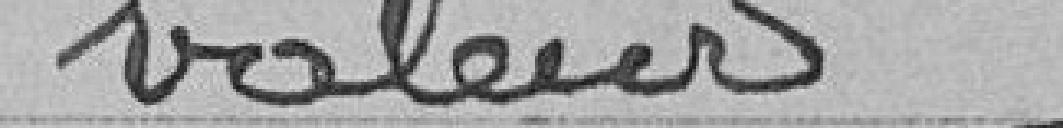
valeur